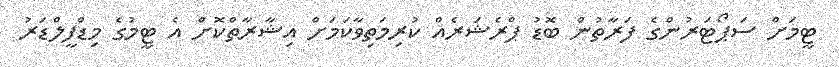
ޓީމަށް ސަޕޯޓަރުންގެ ފަރާތުން ބޮޑު ޕްރެޝަރެއް ކުރިމަތިވާކަމަށް އިޝާރާތްކޮށް އެ ޓީމުގެ މިޑްފީލްޑަރު